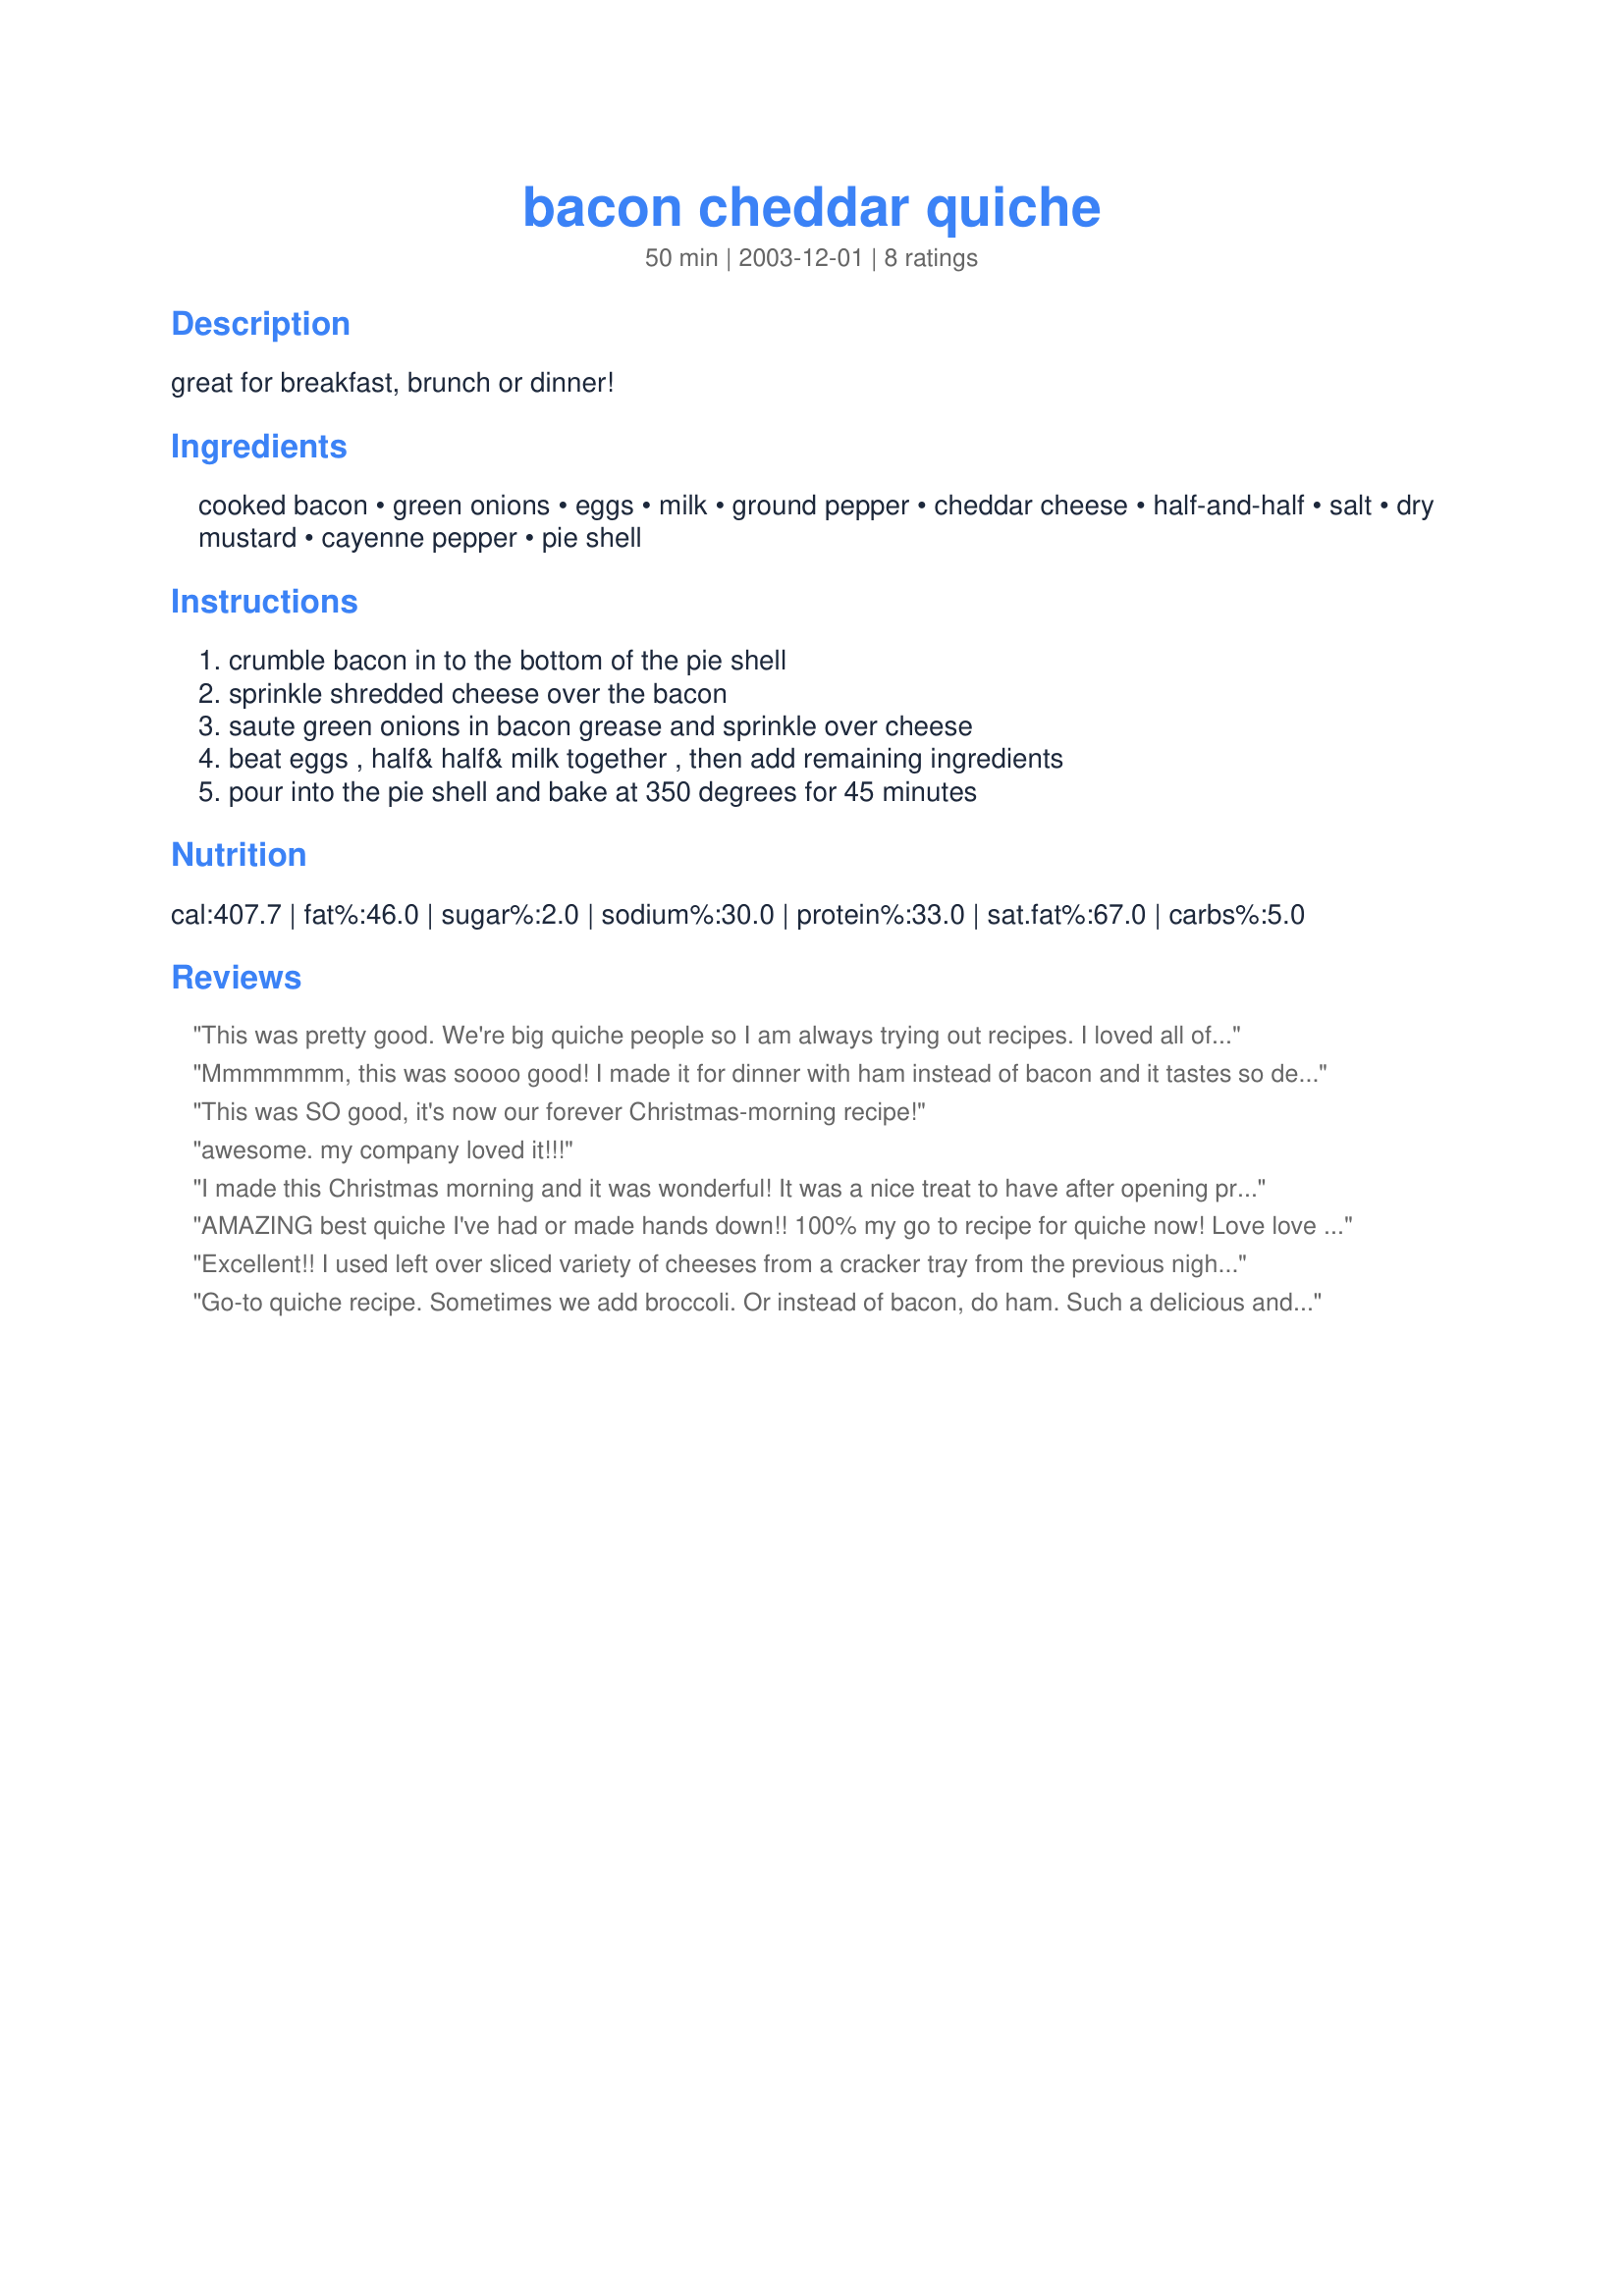
bacon cheddar quiche
Preparation time: 50 minutes

great for breakfast, brunch or dinner!

Ingredients:
cooked bacon, green onions, eggs, milk, ground pepper, cheddar cheese, half-and-half, salt, dry mustard, cayenne pepper, pie shell

Steps:
crumble bacon in to the bottom of the pie shell, sprinkle shredded cheese over the bacon, saute green onions in bacon grease and sprinkle over cheese, beat eggs , half& half& milk together , then add remaining ingredients, pour into the pie shell and bake at 350 degrees for 45 minutes

Reviews:
This was pretty good. We're big quiche people so I am always trying out recipes. I loved all of the cheese. We had this for dinner and my husband had some for breakfast also!
Mmmmmmm, this was soooo good! I made it for dinner with ham instead of bacon and it tastes so delish! I don't think I would change a thing about it. I served it with steamed artichokes. Pam
This was SO good, it's now our forever Christmas-morning recipe!
awesome. my company loved it!!!
I made this Christmas morning and it was wonderful! It was a nice treat to have after opening presents! I made part of it in advance, I did everything the day before, but the egg mixture, and put it in the fridge the day before. Next morning I made the egg mixture, poured it on top of the bacon and cheese in the pie crust and put it in the oven. It was finished by the time we opened presents. This may become a new Christmas morning tradition. Thanks again! Jennifer
AMAZING best quiche I've had or made hands down!! 100% my go to recipe for quiche now! Love love love!!!
Excellent!! I used left over sliced variety of cheeses from a cracker tray from the previous nights party. It was delicious. I also added extra egg because I had deep dish pie crust. I am making it again this weekend!
Go-to quiche recipe. Sometimes we add broccoli. Or instead of bacon, do ham. Such a delicious and easy dish. Picky husband says it's the best quiche he's ever had. The tot even eats it!
